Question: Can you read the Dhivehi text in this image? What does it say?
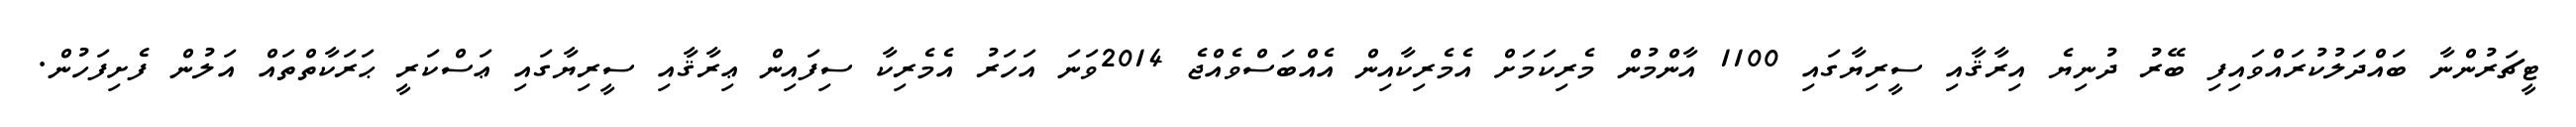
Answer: ޓީޗަރުންނާ ބައްދަލުކުރައްވައިފި ބޭރު ދުނިޔެ އިރާޤާއި ސީރިޔާގައި 1100 އާންމުން މެރިކަމަށް އެމެރިކާއިން އެއްބަސްވެއްޖެ 2014ވަނަ އަހަރު އެމެރިކާ ސިފައިން ޢިރާޤާއި ސީރިޔާގައި ޢަސްކަރީ ޙަރަކާތްތައް އަލުން ފެށިފަހުން.